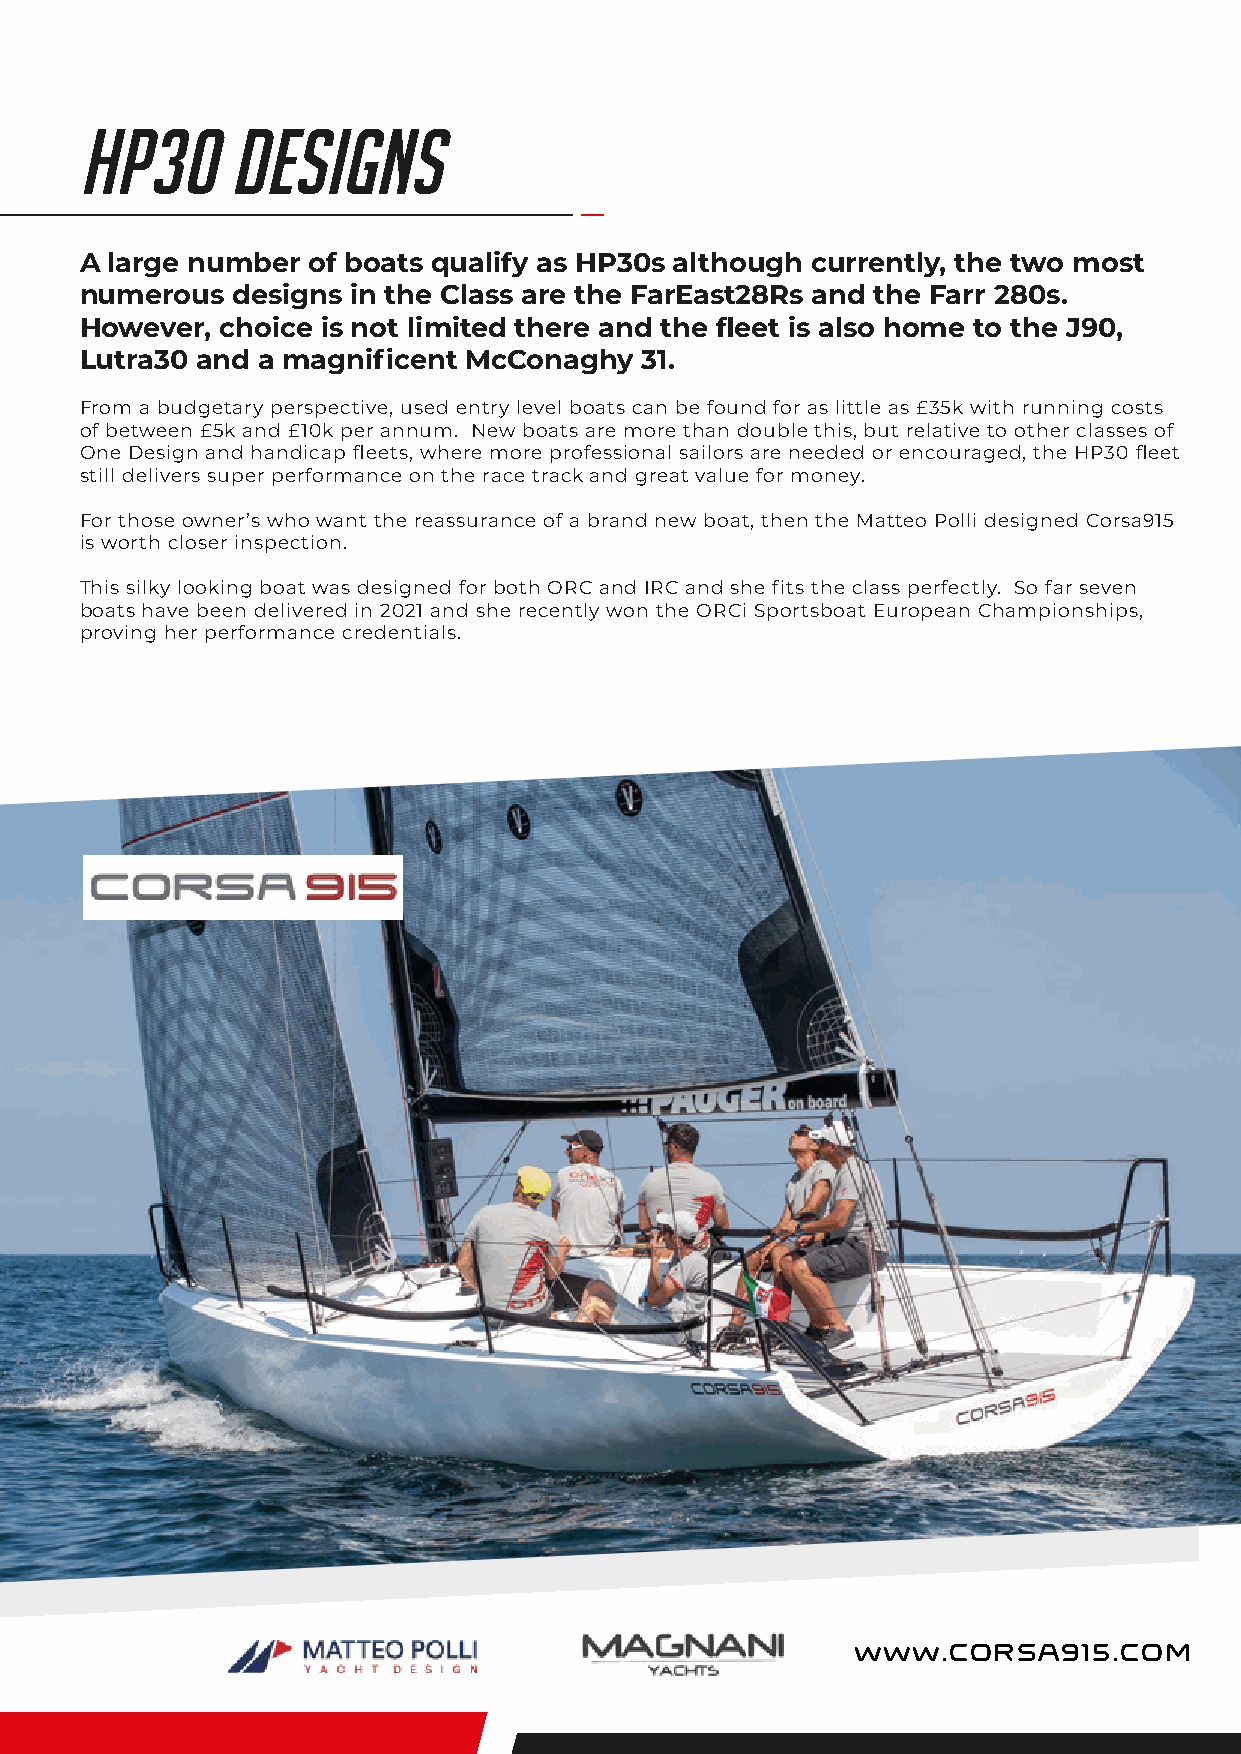
HP30      designs
 A large number of boats qualify as HP30s although currently, the two most
 numerous  designs in the Class are the FarEast28Rs and the Farr 280s.
 However,  choice is not limited there and the fleet is also home to the J90,
 Lutra30 and a magnificent McConaghy  31.
 From a budgetary perspective, used entry level boats can be found for as little as £35k with running costs
 of between £5k and £10k per annum. New boats are more than double this, but relative to other classes of
 One Design and handicap fleets, where more professional sailors are needed or encouraged, the HP30 fleet
 still delivers super performance on the race track and great value for money.
 For those owner’s who want the reassurance of a brand new boat, then the Matteo Polli designed Corsa915
 is worth closer inspection.
 This silky looking boat was designed for both ORC and IRC and she fits the class perfectly. So far seven
 boats have been delivered in 2021 and she recently won the ORCi Sportsboat European Championships,
 proving her performance credentials.
 www.CORSA915.COM
 namoR
 naI
 :tiderC
 otohP